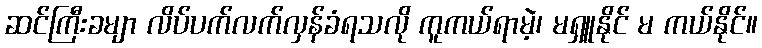
ဆင်ကြီးခမျာ လိပ်ပက်လက်လှန်ခံရသလို ကူကယ်ရာမဲ့၊ မရှူနိုင် မ ကယ်နိုင်။